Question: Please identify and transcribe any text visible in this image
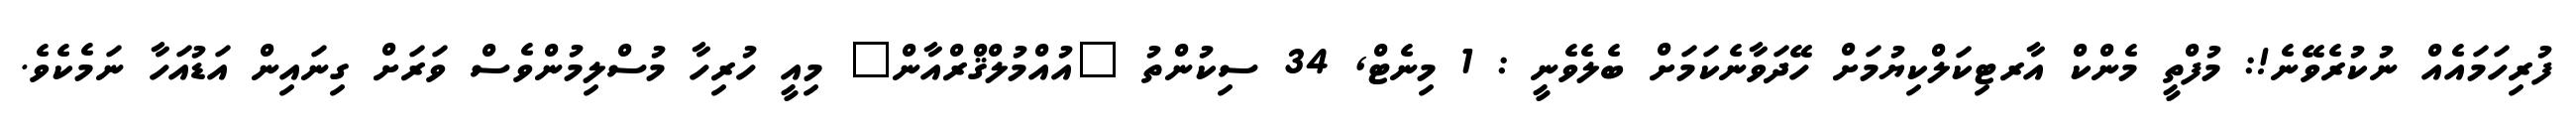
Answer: ފުރިހަމައެއް ނުކުރެވޭނެ!: މުފްތީ މެންކް އާރޓިކަލްކިޔުމަށް ހޭދަވާނެކަމަށް ބެލެވެނީ : 1 މިނެޓް, 34 ސިކުންތު "އުއްމުލްޤްރްއާން" މިއީ ހުރިހާ މުސްލިމުންވެސް ވަރަށް ގިނައިން އަޑުއަހާ ނަމެކެވެ.